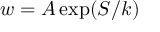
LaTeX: w = A \exp ( S / k )